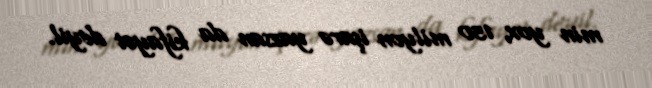
min yox, 150 milyon işarə yazsan da kifayət deyil.